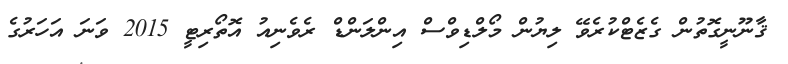
ޤާނޫނީގޮތުން ގެޒެޓްކުރެވޭ ލިޔުން މޯލްޑިވްސް އިންލަންޑް ރެވެނިއު އޮތޯރިޓީ 2015 ވަނަ އަހަރުގެ